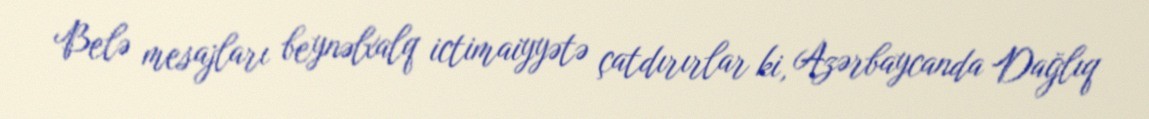
Belə mesajları beynəlxalq ictimaiyyətə çatdırırlar ki, Azərbaycanda Dağlıq